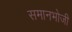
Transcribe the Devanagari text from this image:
समानभोजी